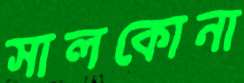
সালকোনা